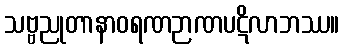
သဗ္ဗညုတာနာဝရဏဉာဏပဋိလာဘဿ။